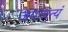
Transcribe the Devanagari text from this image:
जपन्नित्यं